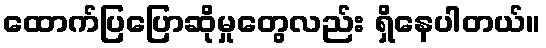
ထောက်ပြပြောဆိုမှုတွေလည်း ရှိနေပါတယ်။